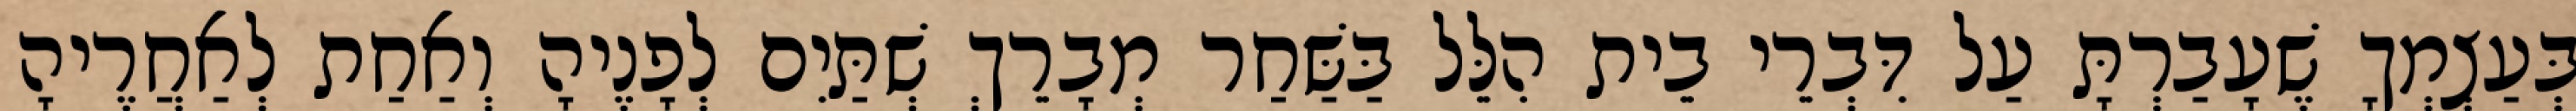
בְּעַצְמְךָ שֶׁעָבַרְתָּ עַל דִּבְרֵי בֵית הִלֵּל בַּשַּׁחַר מְבָרֵךְ שְׁתַּיִם לְפָנֶיהָ וְאַחַת לְאַחֲרֶיהָ